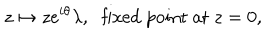
z \mapsto z e ^ { i \theta } \lambda , \, \, \mathrm { ~ f i x e d ~ p o i n t ~ a t ~ } z = 0 ,